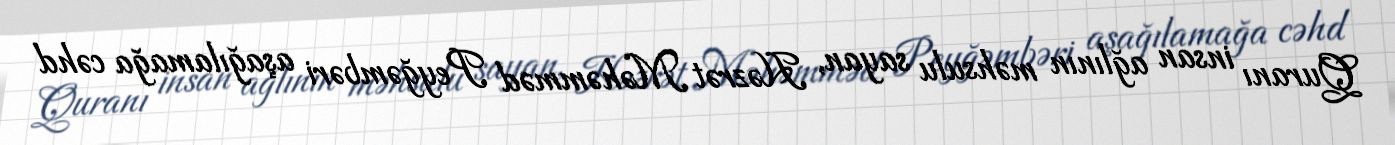
Quranı insan ağlının məhsulu sayan, Həzrət Məhəmməd Peyğəmbəri aşağılamağa cəhd